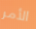
الأمر